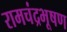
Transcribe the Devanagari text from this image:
रामचंद्रभूषण